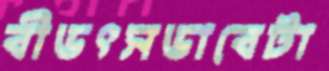
বীভৎসভাবেটা